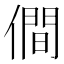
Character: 僴